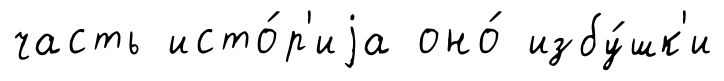
часть исто́р'иjа оно́ избу́шк'и